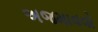
અજમાવવો